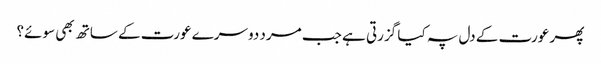
پھر عورت کے دل پہ کیا گزرتی ہے جب مرد دوسرے عورت کے ساتھ بھی سوئے؟